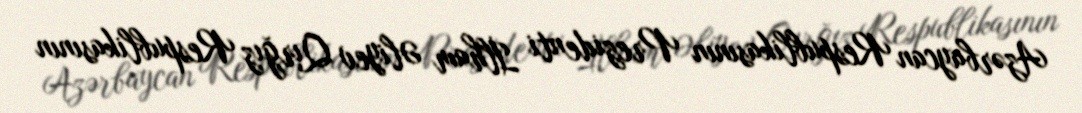
Azərbaycan Respublikasının Prezidenti İlham Əliyev Qırğız Respublikasının